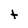
Character: t